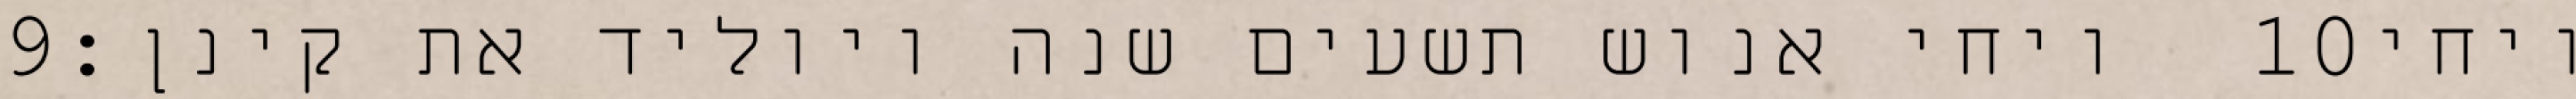
‎9‏ ויחי אנוש תשעים שנה ויוליד את קינן׃ ‎10‏ ויחי